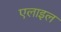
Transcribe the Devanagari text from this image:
एलाइल